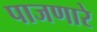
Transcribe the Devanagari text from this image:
पाजणारे